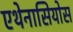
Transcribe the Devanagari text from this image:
एथेनासियोस